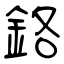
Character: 鉻